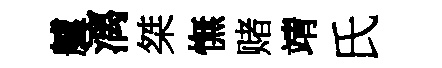
艫漓桀憮赌靖氏